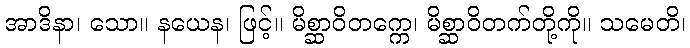
အာဒိနာ၊ သော။ နယေန၊ ဖြင့်။ မိစ္ဆာဝိတက္ကေ၊ မိစ္ဆာဝိတက်တို့ကို။ သမေတိ၊